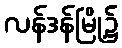
လန်ဒန်မြို့၌